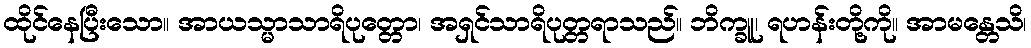
ထိုင်နေပြီးသော။ အာယသ္မာသာရိပုတ္တော၊ အရှင်သာရိပုတ္တရာသည်။ ဘိက္ခူ၊ ရဟန်းတို့ကို။ အာမန္တေသိ၊